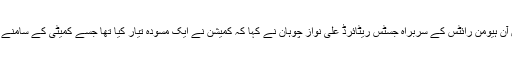
نینشل کمیشن آن ہیومن رائٹس کے سربراہ جسٹس ریٹائرڈ علی نواز چوہان نے کہا کہ کمیشن نے ایک مسودہ تیار کیا تھا جسے کمیٹی کے سامنے پیش گیا گیا۔